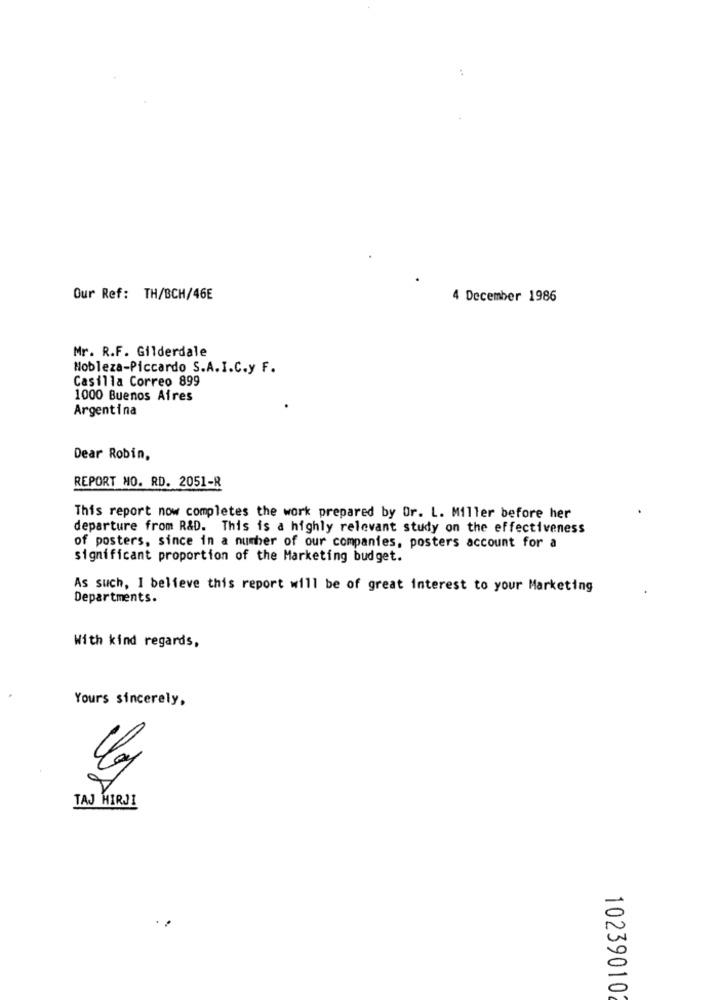
:
Our Ref: TH/BCH/46E
4 December 1986
Mr. R.F. Gilderdale
Nobleza-Piccardo S.A.I.C.y F.
Casilla Correo 899
1000 Buenos Aires
Argentina
Dear Robin,
REPORT NO. RD. 2051-R
This report now completes the work prepared by Or. L. Miller before her
departure from R&D. This is a highly relevant study on the effectiveness
of posters, since in a number of our companies, posters account for a
significant proportion of the Marketing budget.
As such, I believe this report will be of great interest to your Marketing
Departments.
With kind regards,
Your's sincerely,
TAJ HIRJI
10239010